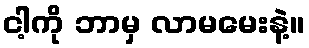
ငါ့ကို ဘာမှ လာမမေးနဲ့။